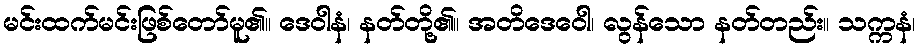
မင်းထက်မင်းဖြစ်တော်မူ၏။ ဒေဝါနံ၊ နတ်တို့၏။ အတိဒေဝေါ၊ လွန်သော နတ်တည်း။ သက္ကနံ၊